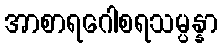
အာစာရဂေါစရသမ္ပန္နာ